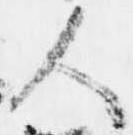
人